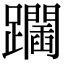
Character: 𨇧